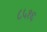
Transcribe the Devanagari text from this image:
८५१६